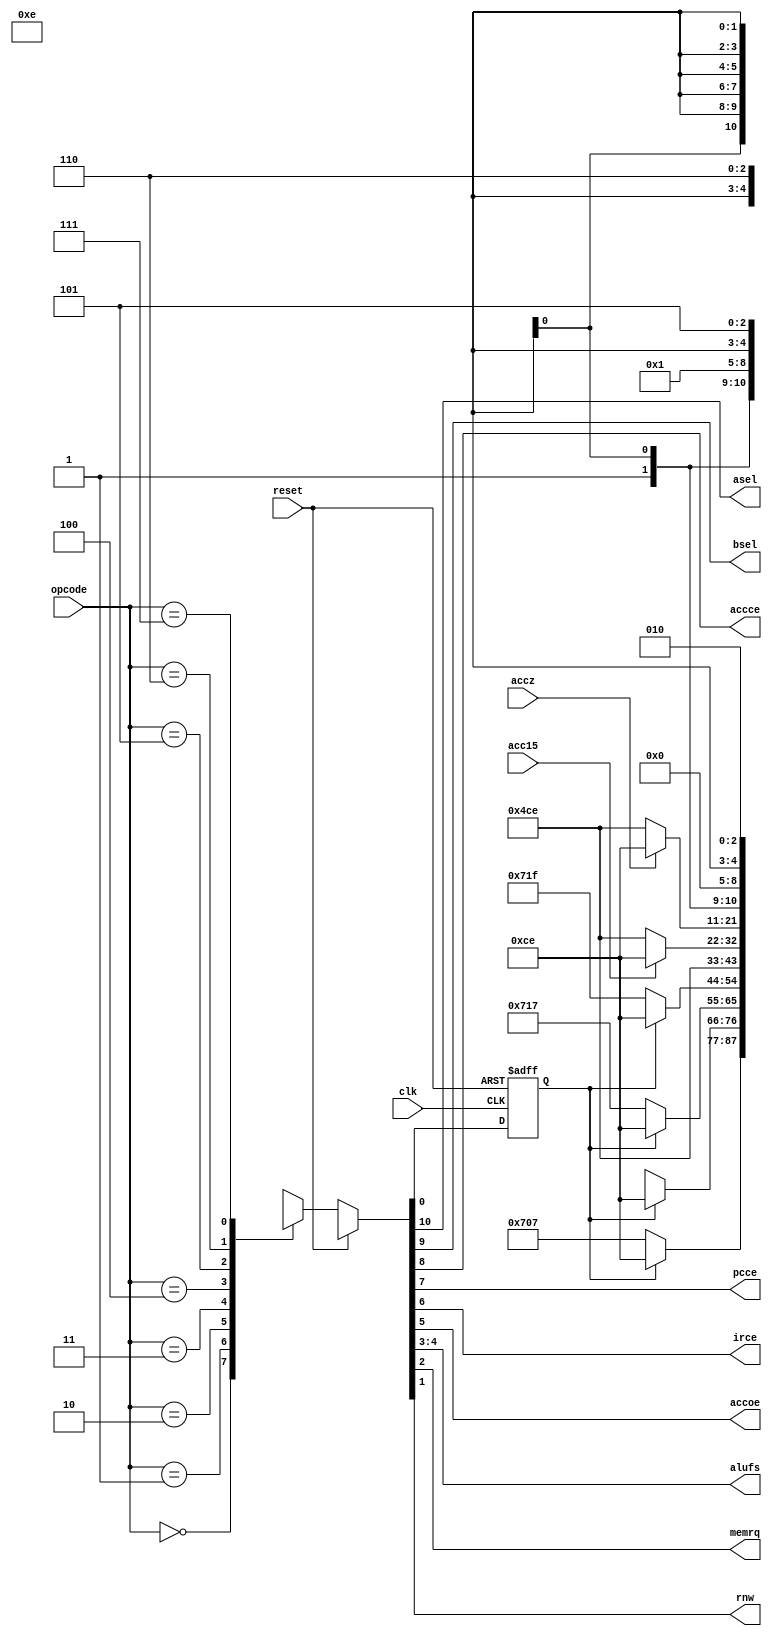
`define LDA 4'b0000
`define STO 4'b0001
`define ADD 4'b0010
`define SUB 4'b0011
`define JMP 4'b0100
`define JGE 4'b0101
`define JNE 4'b0110
`define STP 4'b0111

module fsm (reset, clk, opcode, accz, acc15, asel, bsel, accce, pcce, irce, accoe, alufs, memrq, rnw);
input reset, clk, accz, acc15;
input [3:0] opcode;
output asel, bsel, accce, pcce, irce, accoe, memrq, rnw;
output [1:0] alufs;
reg exft;
reg [10:0] outs; // Actually this is wire. because of always


always @(opcode or reset or exft or accz or acc15)
begin
    if (reset)
    outs = {1'b0, 1'b0, 1'b1, 1'b1, 1'b1, 1'b0, 2'bxx, 1'b1, 1'b1, 1'b0};
    else
    begin
        case(opcode)
        `LDA: begin if(!exft) outs = {1'b1, 1'b1, 1'b1, 1'b0, 1'b0, 1'b0, 2'b00, 1'b1, 1'b1, 1'b1};
        else outs = {1'b0, 1'b0, 1'b0, 1'b1, 1'b1, 1'b0, 2'b01, 1'b1, 1'b1, 1'b0}; end
        `STO: begin if(!exft) outs = {1'b1, 1'bx, 1'b0, 1'b0, 1'b0, 1'b1, 2'bxx, 1'b1, 1'b0, 1'b1};
        else outs = {1'b0, 1'b0, 1'b0, 1'b1, 1'b1, 1'b0, 2'b01, 1'b1, 1'b1, 1'b0}; end
        `ADD: begin if(!exft) outs = {1'b1, 1'b1, 1'b1, 1'b0, 1'b0, 1'b0, 2'b10, 1'b1, 1'b1, 1'b1};
        else outs = {1'b0, 1'b0, 1'b0, 1'b1, 1'b1, 1'b0, 2'b01, 1'b1, 1'b1, 1'b0}; end
        `SUB: begin if(!exft) outs = {1'b1, 1'b1, 1'b1, 1'b0, 1'b0, 1'b0, 2'b11, 1'b1, 1'b1, 1'b1};
        else outs = {1'b0, 1'b0, 1'b0, 1'b1, 1'b1, 1'b0, 2'b01, 1'b1, 1'b1, 1'b0}; end
        `JMP: outs = {1'b1, 1'b0, 1'b0, 1'b1, 1'b1, 1'b0, 2'b01, 1'b1, 1'b1, 1'b0};
        `JGE: begin if(!acc15) outs = {1'b1, 1'b0, 1'b0, 1'b1, 1'b1, 1'b0, 2'b01, 1'b1, 1'b1, 1'b0};
        else outs = {1'b0, 1'b0, 1'b0, 1'b1, 1'b1, 1'b0, 2'b01, 1'b1, 1'b1, 1'b0}; end
        `JNE: begin if(!accz) outs = {1'b1, 1'b0, 1'b0, 1'b1, 1'b1, 1'b0, 2'b01, 1'b1, 1'b1, 1'b0};
        else outs = {1'b0, 1'b0, 1'b0, 1'b1, 1'b1, 1'b0, 2'b01, 1'b1, 1'b1, 1'b0}; end
        `STP: outs = {1'b1, 1'bx, 1'b0, 1'b0, 1'b0, 1'b0, 2'bxx, 1'b0, 1'b1, 1'b0};
        default: outs = {1'bx, 1'bx, 1'bx, 1'bx, 1'bx, 1'bx, 2'bxx, 1'bx, 1'bx, 1'bx};
        endcase
    end // end of else
end // end of always

assign asel = outs[10];
assign bsel = outs[9];
assign accce = outs[8];
assign pcce = outs[7];
assign irce = outs[6];
assign accoe = outs[5];
assign alufs = outs[4:3];
assign memrq = outs[2];
assign rnw = outs[1];
assign nextexft = outs[0];

always @(negedge clk or posedge reset) // State-Register
begin
    if(reset)
    exft <= 1'b1;
    else
    exft <= nextexft;
end


endmodule